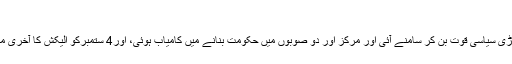
11 ستمبر 2018 (00:01)
حافظ طارق عزیز:انتخابات 2018ءکے نتیجے میں پاکستان تحریک انصاف پاکستان کی سب سے بڑی سیاسی قوت بن کر سامنے آئی اور مرکز اور دو صوبوں میں حکومت بنانے میں کامیاب ہوئی، اور4 ستمبرکو الیکش کا آخری مرحلہ مکمل ہونے یعنی صدارتی الیکشن کے بعد صدر مملکت بھی تحریک انصاف ہی کے ہوں گے۔